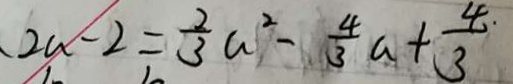
2 a - 2 = \frac { 2 } { 3 } a ^ { 2 } - \frac { 4 } { 3 } a + \frac { 4 . } { 3 }